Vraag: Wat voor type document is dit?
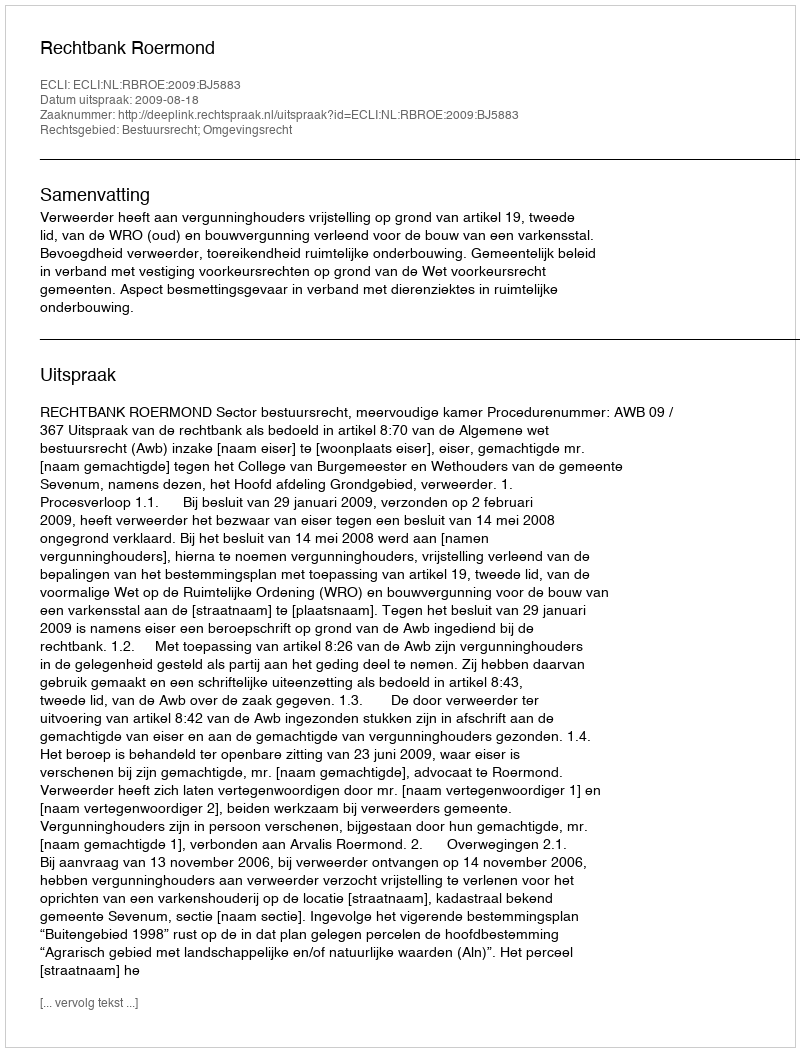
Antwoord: Uitspraak